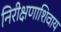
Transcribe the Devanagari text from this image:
निरीक्षणाशिवाय